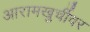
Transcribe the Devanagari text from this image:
आरामखुर्चीवर